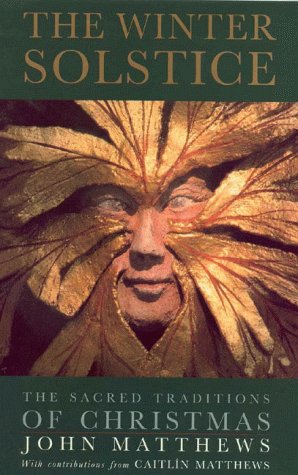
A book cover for The Winter Solstice: The Sacred Traditions of Christmas; John Matthews; Politics & Social Sciences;